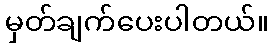
မှတ်ချက်ပေးပါတယ်။